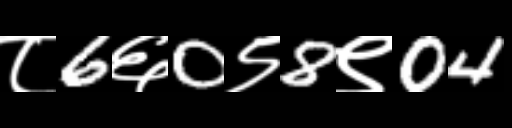
Text: ८6६0९8९04